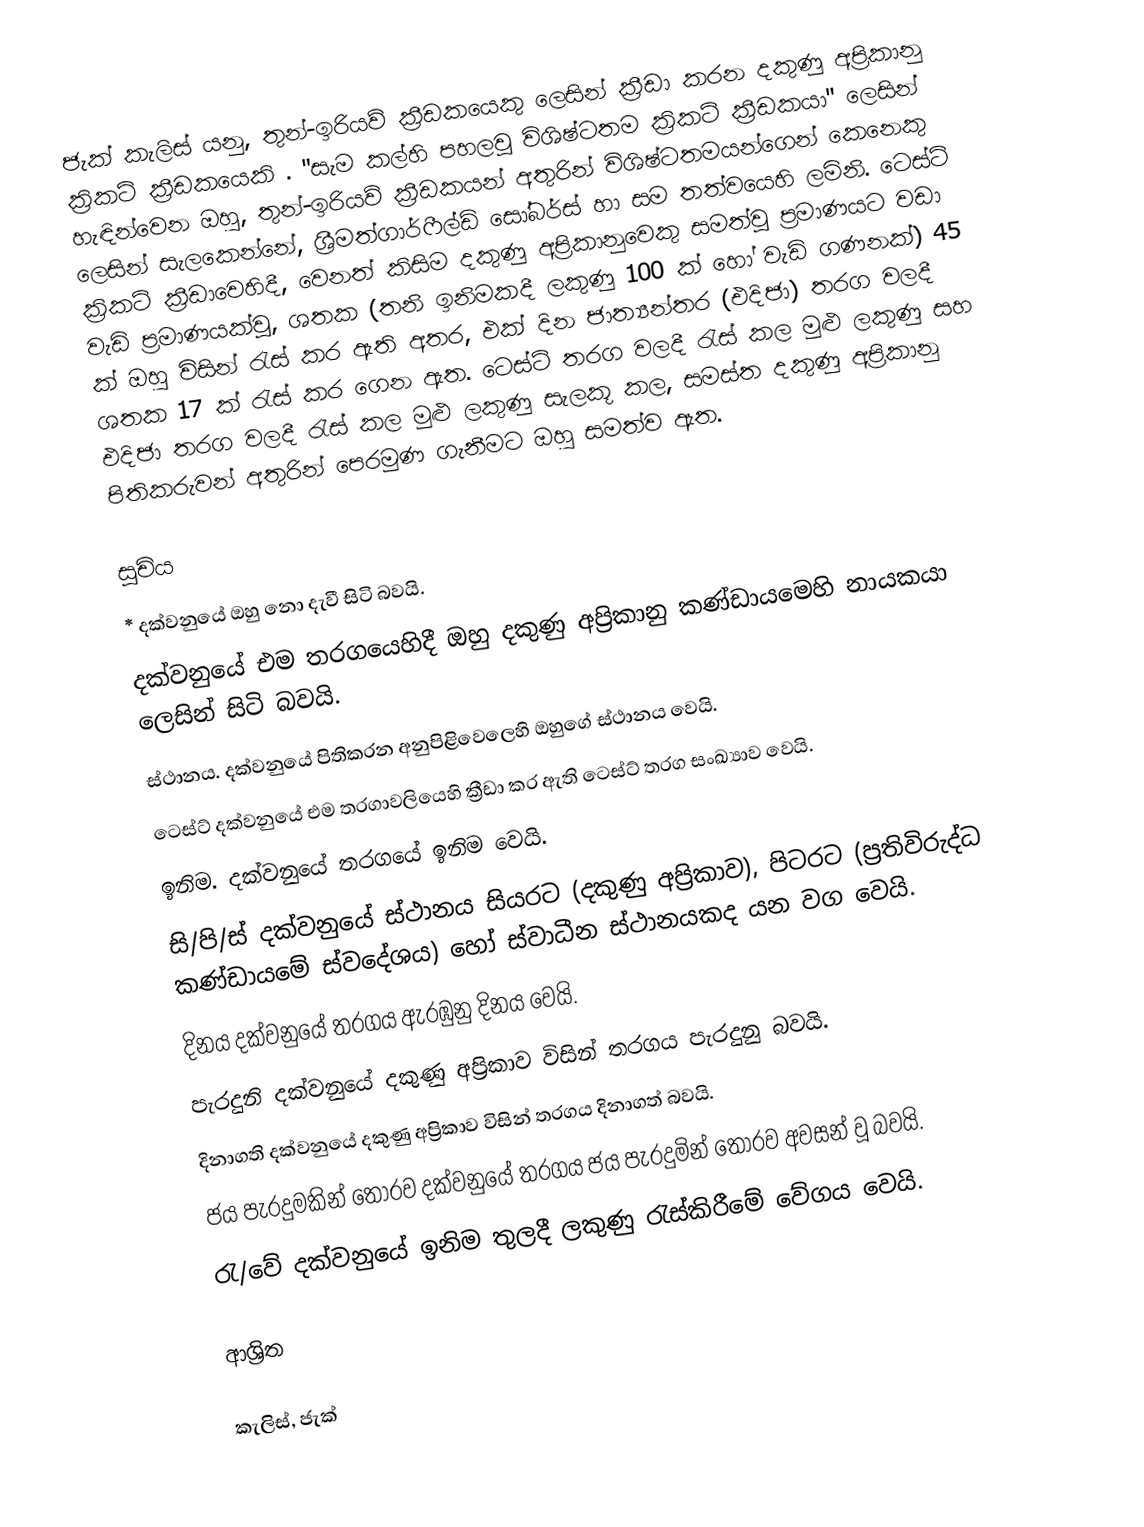
ජැක් කැලිස් යනු,  තුන්-ඉරියව් ක්‍රීඩකයෙකු ලෙසින් ක්‍රීඩා කරන දකුණු අප්‍රිකානු ක්‍රිකට් ක්‍රීඩකයෙකි . "සැම කල්හි පහලවූ විශිෂ්ටතම ක්‍රිකට් ක්‍රීඩකයා" ලෙසින් හැඳින්වෙන ඔහු, තුන්-ඉරියව් ක්‍රීඩකයන් අතුරින් විශිෂ්ටතමයන්ගෙන් කෙනෙකු ලෙසින් සැලකෙන්නේ, ශ්‍රීමත්ගාර්ෆීල්ඩ් සෝබර්ස් හා සම තත්වයෙහි ලමිනි.  ටෙස්ට් ක්‍රිකට් ක්‍රීඩාවෙහිදී, වෙනත් කිසිම දකුණු අප්‍රිකානුවෙකු සමත්වූ ප්‍රමාණයට වඩා වැඩි ප්‍රමාණයක්වූ, ශතක (තනි ඉනිමකදී  ලකුණු 100 ක් හෝ වැඩි ගණනක්) 45 ක් ඔහු විසින් රැස් කර ඇති අතර, එක් දින ජාත්‍යන්තර (එදිජා) තරග වලදී ශතක 17 ක් රැස් කර ගෙන ඇත.  ටෙස්ට් තරග වලදී රැස් කල මුළු ලකුණු සහ එදිජා තරග වලදී  රැස් කල මුළු ලකුණු සැලකූ කල,  සමස්ත දකුණු අප්‍රිකානු පිතිකරුවන් අතුරින් පෙරමුණ ගැනීමට ඔහු සමත්ව ඇත.

සූචිය
 * දක්වනුයේ ඔහු නො දැවී සිටි බවයි.
  දක්වනුයේ එම තරගයෙහිදී ඔහු දකුණු අප්‍රිකානු කණ්ඩායමෙහි නායකයා ලෙසින් සිටි බවයි.
 ස්ථානය. දක්වනුයේ පිතිකරන අනුපිළිවෙලෙහි ඔහුගේ ස්ථානය වෙයි.
 ටෙස්ට් දක්වනුයේ එම තරගාවලියෙහි ක්‍රීඩා කර ඇති ටෙස්ට් තරග සංඛ්‍යාව වෙයි.
 ඉනිම. දක්වනුයේ  තරගයේ  ඉනිම වෙයි.
 සි/පි/ස් දක්වනුයේ ස්ථානය සියරට (දකුණු අප්‍රිකාව),  පිටරට (ප්‍රතිවිරුද්ධ කණ්ඩායමේ ස්වදේශය) හෝ ස්වාධීන ස්ථානයකද යන වග වෙයි.
 දිනය දක්වනුයේ තරගය ඇරඹුනු දිනය වෙයි.
 පැරදුනි දක්වනුයේ දකුණු අප්‍රිකාව  විසින් තරගය පැරදුනු බවයි.
 දිනාගති දක්වනුයේ  දකුණු අප්‍රිකාව විසින් තරගය දිනාගත් බවයි.
 ජය පැරදුමකින් තොරව දක්වනුයේ තරගය  ජය පැරදුමින් තොරව අවසන් වූ බවයි.
  රැ/වේ දක්වනුයේ ඉනිම තුලදී  ලකුණු රැස්කිරීමේ වේගය වෙයි.

ආශ්‍රිත

කැලිස්, ජැක්